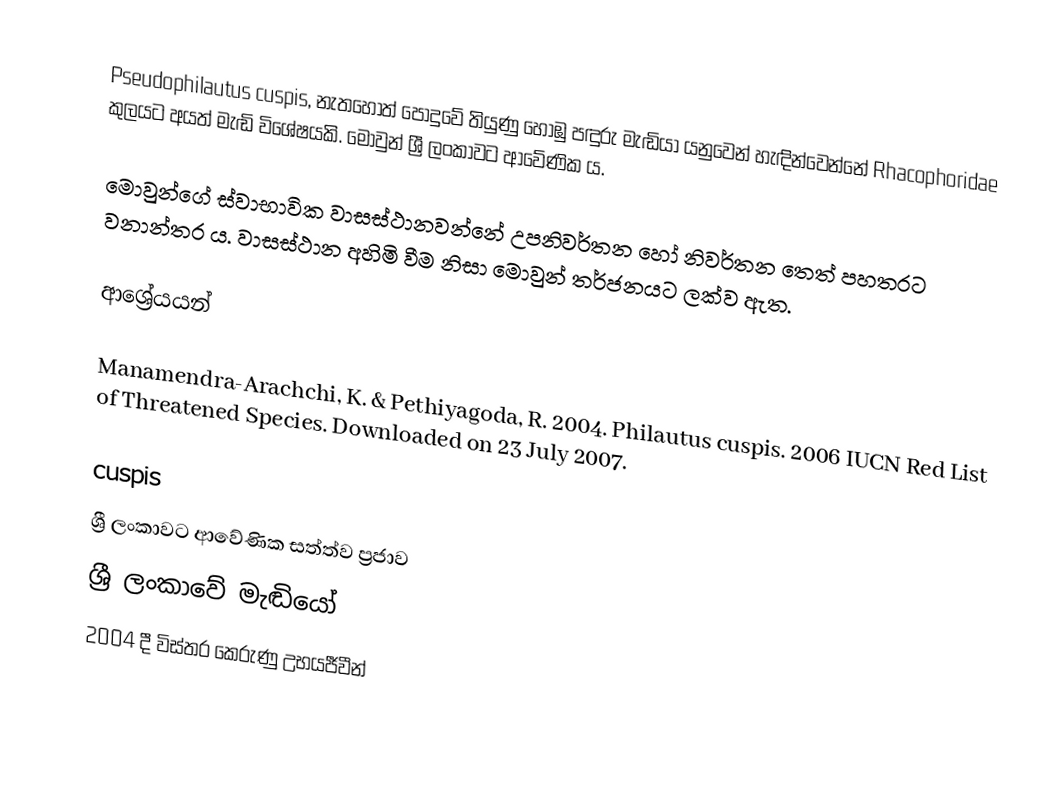
Pseudophilautus cuspis, නැතහොත් පොදුවේ තියුණු හොඹු පඳුරු මැඬියා යනුවෙන් හැඳින්වෙන්නේ Rhacophoridae කුලයට අයත් මැඬි විශේෂයකි. මොවුන් ශ්‍රී ලංකාවට ආවේණික ය.

මොවුන්ගේ ස්වාභාවික වාසස්ථානවන්නේ උපනිවර්තන හෝ නිවර්තන තෙත් පහතරට වනාන්තර ය. වාසස්ථාන අහිමි වීම නිසා මොවුන් තර්ජනයට ලක්ව ඇත.

ආශ්‍රේයයන්

 Manamendra-Arachchi, K. & Pethiyagoda, R. 2004.  Philautus cuspis.   2006 IUCN Red List of Threatened Species.   Downloaded on 23 July 2007.

cuspis
ශ්‍රී ලංකාවට ආවේණික සත්ත්ව ප්‍රජාව
ශ්‍රී ලංකාවේ මැඬියෝ
2004 දී විස්තර කෙරුණු උභයජීවීන්